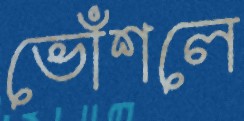
ভোঁশলে